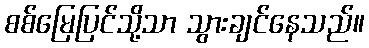
စစ်မြေပြင်သို့သာ သွားချင်နေသည်။